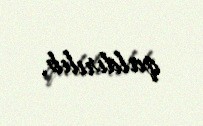
qaldırılıb.